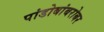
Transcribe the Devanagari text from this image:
पांडोबांबरोबर